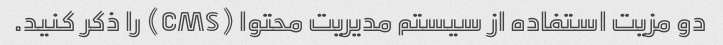
دو مزیت استفاده از سیستم مدیریت محتوا (CMS) را ذکر کنید.